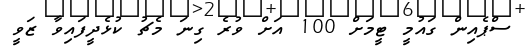
ސްޕެއިން ގައުމީ ޓީމަށް 100 އަށް ވުރެ ގިނަ މެޗު ކުޅެދީފައިވާ ޒަވީ